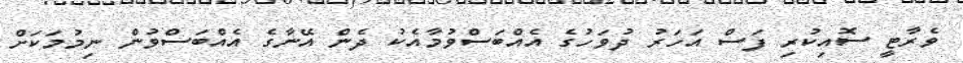
ވެރާޓީ ސޮއިކުރި ފަސް އަހަރު ދުވަހުގެ އެއްބަސްވުމާއެކު ދެން އޭނާގެ އެއްބަސްވުން ނިމުމަކަށް